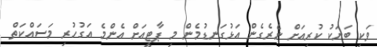
ވަކި ބަޔަކު ކުރިއަށް ނެރެގެން އަޅުގަނޑުމެން މި ޕާޓީއަށް އެންމެ އަގުހުރި މަސައްކަތް